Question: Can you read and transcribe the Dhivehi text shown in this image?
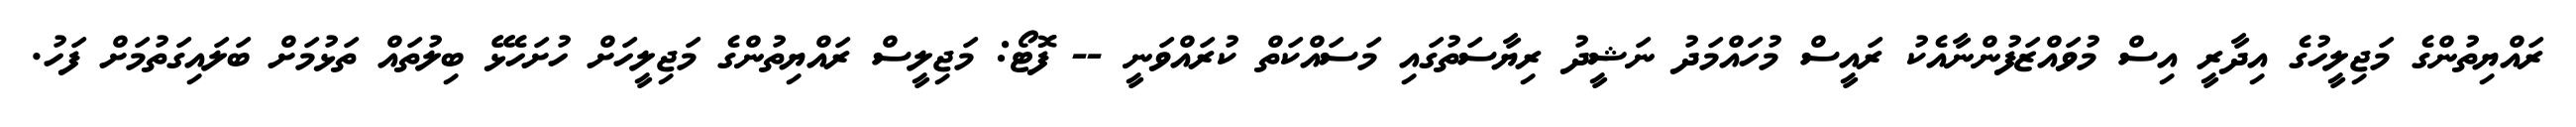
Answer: ރައްޔިތުންގެ މަޖިލީހުގެ އިދާރީ އިސް މުވައްޒަފުންނާއެކު ރައީސް މުހައްމަދު ނަޝީދު ރިޔާސަތުގައި މަސައްކަތް ކުރައްވަނީ -- ފޮޓޯ: މަޖިލީސް ރައްޔިތުންގެ މަޖިލީހަށް ހުށަހެޅޭ ބިލުތައް ތަޅުމަށް ބަލައިގަތުމަށް ފަހު.